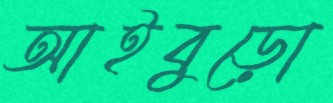
আইবুড়ো